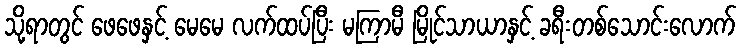
သို့ရာတွင် ဖေဖေနှင့် မေမေ လက်ထပ်ပြီး မကြာမီ မြိုင်သာယာနှင့် ခရီးတစ်သောင်းလောက်